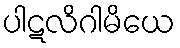
ပါဋလိဂါမိယေ